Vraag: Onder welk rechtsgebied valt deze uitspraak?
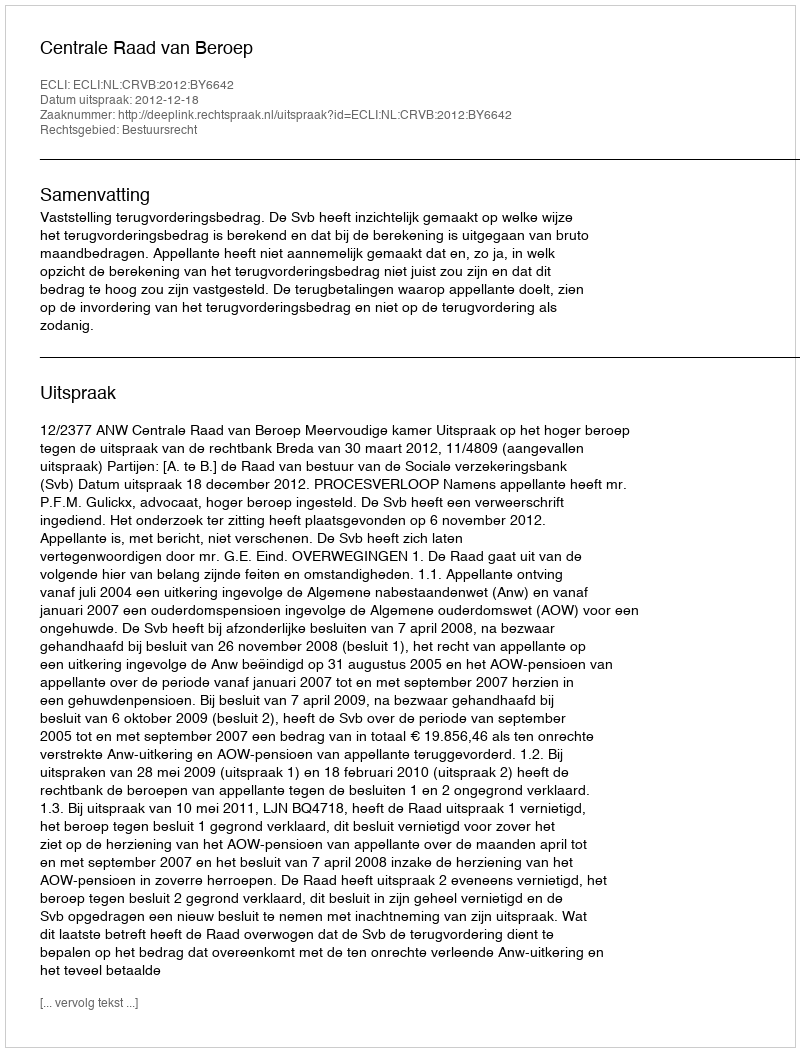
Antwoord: Bestuursrecht